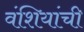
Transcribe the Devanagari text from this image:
वंशियांची